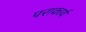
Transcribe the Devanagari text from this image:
पराकार्य